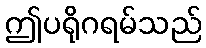
ဤပရိုဂရမ်သည်